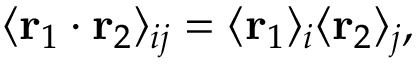
\langle \mathbf { r } _ { 1 } \cdot \mathbf { r } _ { 2 } \rangle _ { i j } = \langle \mathbf { r } _ { 1 } \rangle _ { i } \langle \mathbf { r } _ { 2 } \rangle _ { j } ,